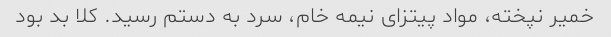
خمیر نپخته، مواد پیتزای نیمه خام، سرد به دستم رسید. کلا بد بود